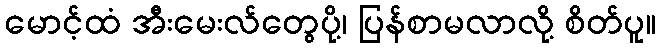
မောင့်ထံ အီးမေးလ်တွေပို့၊ ပြန်စာမလာလို့ စိတ်ပူ။